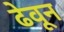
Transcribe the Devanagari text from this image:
ढेवून